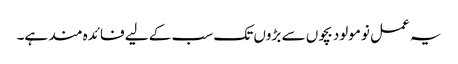
یہ عمل نومولود بچوں سے بڑوں تک سب کے لیے فائدہ مند ہے۔